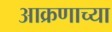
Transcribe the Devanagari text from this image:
आक्रणाच्या